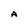
Character: A